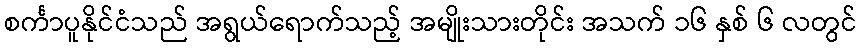
စင်္ကာပူနိုင်ငံသည် အရွယ်ရောက်သည့် အမျိုးသားတိုင်း အသက် ၁၆ နှစ် ၆ လတွင်